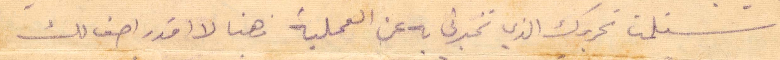
استلمت تحريرك الذي تخبرني به عن العملية فهنا لا اقدر اصف لك